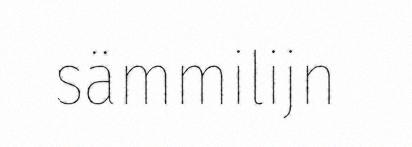
sämmilijn